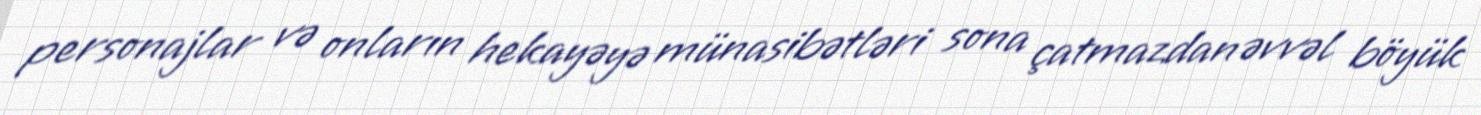
personajlar və onların hekayəyə münasibətləri sona çatmazdan əvvəl böyük